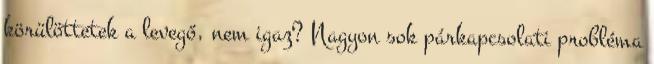
körülöttetek a levegő, nem igaz? Nagyon sok párkapcsolati probléma